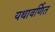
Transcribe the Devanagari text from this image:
यथावर्णित